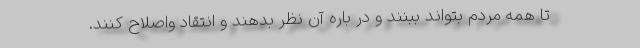
تا همه مردم بتواند ببنند و در باره آن نظر بدهند و انتقاد واصلاح کنند.